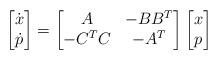
LaTeX: \begin{align*}\begin{bmatrix} \dot{x} \\ \dot{p} \end{bmatrix} =\begin{bmatrix} A & -BB^T \\ -C^TC & -A^T \end{bmatrix} \begin{bmatrix} x \\ p \end{bmatrix}\end{align*}